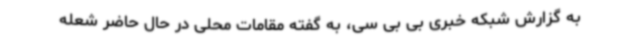
به گزارش شبکه خبری بی بی سی، به گفته مقامات محلی در حال حاضر شعله